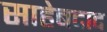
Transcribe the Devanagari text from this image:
साहेबदाद